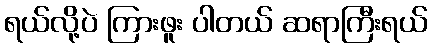
ရယ်လို့ပဲ ကြားဖူး ပါတယ် ဆရာကြီးရယ်